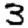
Digit: 3